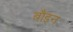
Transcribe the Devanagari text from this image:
बौइन